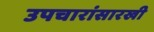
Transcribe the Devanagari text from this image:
उपचारांसारखी